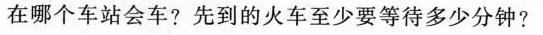
在哪个车站会车?先到的火车至少要等待多少分钟?